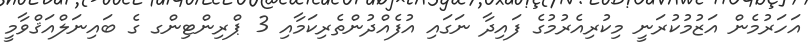
އަހަރުމެން އަޒުމުކުރަނީ މިކުރިއެރުމުގެ ފައިދާ ނަގައި އުފެއްދުންތެރިކަމާއި 3 ޕްރިންޓިންގ ގެ ބައިނަލްއަޤްވާމީ